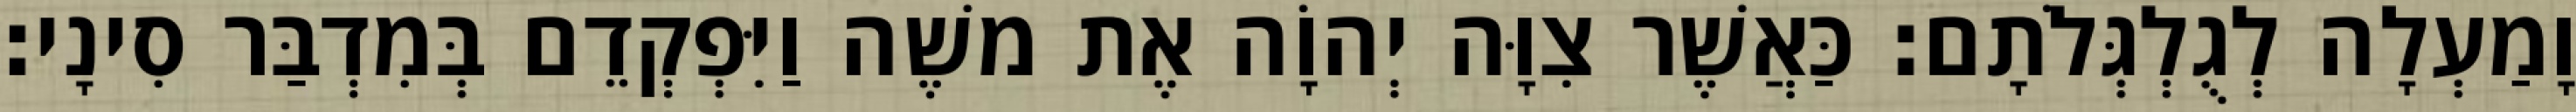
וָמַעְלָה לְגֻלְגְּלֹתָם׃ כַּאֲשֶׁר צִוָּה יְהוָֹה אֶת משֶׁה וַיִּפְקְדֵם בְּמִדְבַּר סִינָי׃